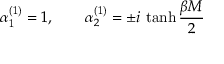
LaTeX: \alpha _ { 1 } ^ { ( 1 ) } = 1 , \quad \quad \alpha _ { 2 } ^ { ( 1 ) } = \pm i \, \operatorname { t a n h } { \frac { \beta M } { 2 } }